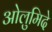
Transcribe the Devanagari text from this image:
ओलुमिदे